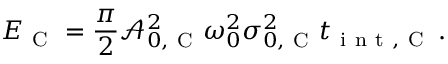
E _ { \mathrm { ~ C ~ } } = \frac { \pi } { 2 } \mathcal { A } _ { 0 , \mathrm { ~ C ~ } } ^ { 2 } \omega _ { 0 } ^ { 2 } \sigma _ { 0 , \mathrm { ~ C ~ } } ^ { 2 } t _ { \mathrm { ~ i ~ n ~ t ~ , ~ C ~ } } \, .